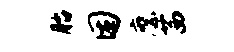
胎困縻茜